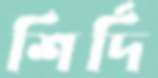
শির্দি